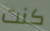
كنت